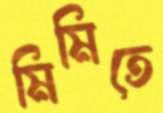
মিমিতে